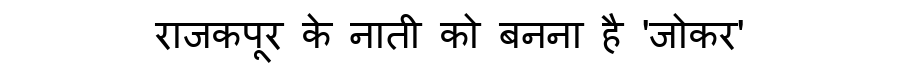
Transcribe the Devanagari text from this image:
राजकपूर के नाती को बनना है 'जोकर'